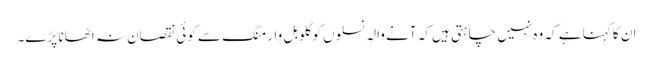
ان کا کہنا ہے کہ وہ نہیں چاہتی ہیں کہ آنے والہ نسلوں کو گلوبل وارمنگ سے کوئی نقصان نہ اٹھانا پڑے۔